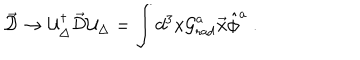
LaTeX: \vec { \cal D } \to { \cal U } _ { \Delta } ^ { \dagger } \vec { \cal D } { \cal U } _ { \Delta } = \int d ^ { 3 } x { \cal G } _ { \mathrm { r a d } } ^ { a } \vec { x } \hat { \phi } ^ { a } \ .